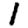
Digit: 1